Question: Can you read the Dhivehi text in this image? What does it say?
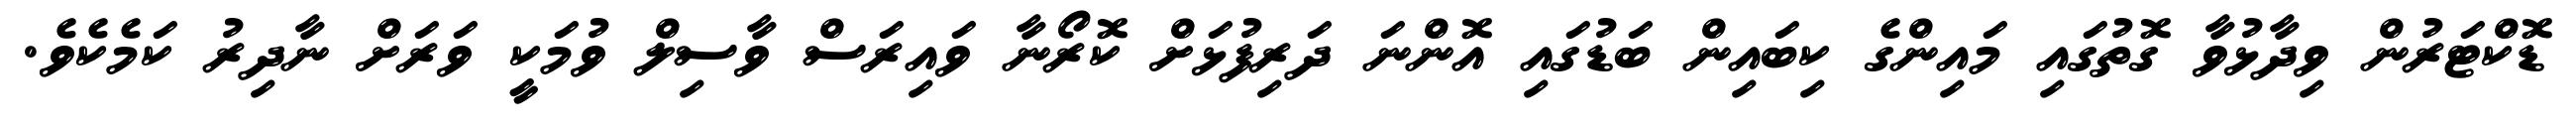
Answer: ޑޮކްޓަރުން ވިދާޅުވާ ގޮތުގައި މައިންގެ ކިބައިން ބަޑުގައި އޮންނަ ދަރިފުޅަށް ކޮރޯނާ ވައިރަސް ވާސިލް ވުމަކީ ވަރަށް ނާދިރު ކަމެކެވެ.